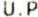
U.P